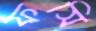
ফসি